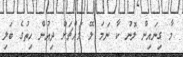
މާ ގިނައިން ލޮނު ކާ ނަމަ ލޭ މައްޗަށް ދިއުން ހިތުގެ ބަލި